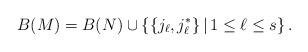
LaTeX: \begin{align*}B(M)=B(N)\cup\left\{ \{j_\ell,j_\ell^*\}\, |\, 1\le \ell\le s\right\}.\hskip3.3cm{} \end{align*}